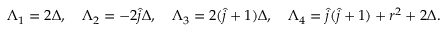
\Lambda _ { 1 } = 2 \Delta , \quad \Lambda _ { 2 } = - 2 \hat { j } \Delta , \quad \Lambda _ { 3 } = 2 ( \hat { j } + 1 ) \Delta , \quad \Lambda _ { 4 } = \hat { j } ( \hat { j } + 1 ) + r ^ { 2 } + 2 \Delta .